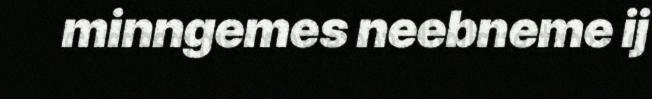
minngemes neebneme ij